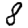
Digit: 8